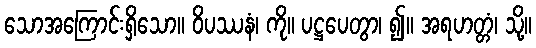
သောအကြောင်းရှိသော။ ဝိပဿနံ၊ ကို။ ပဋ္ဌပေတွာ၊ ၍။ အရဟတ္တံ၊ သို့။